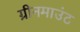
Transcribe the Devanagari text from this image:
ग्रीनमाउंट